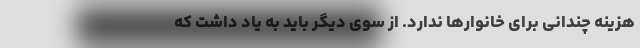
هزینه چندانی برای خانوارها ندارد. از سوی دیگر باید به یاد داشت که